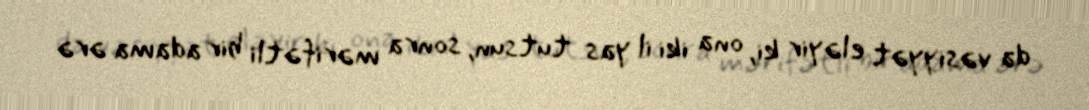
da vəsiyyət eləyir ki, ona iki il yas tutsun, sonra mərifətli bir adama ərə